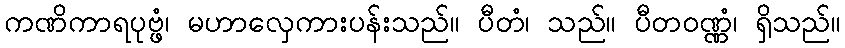
ကဏိကာရပုဗ္ဖံ၊ မဟာလှေကားပန်းသည်။ ပီတံ၊ သည်။ ပီတဝဏ္ဏံ၊ ရှိသည်။